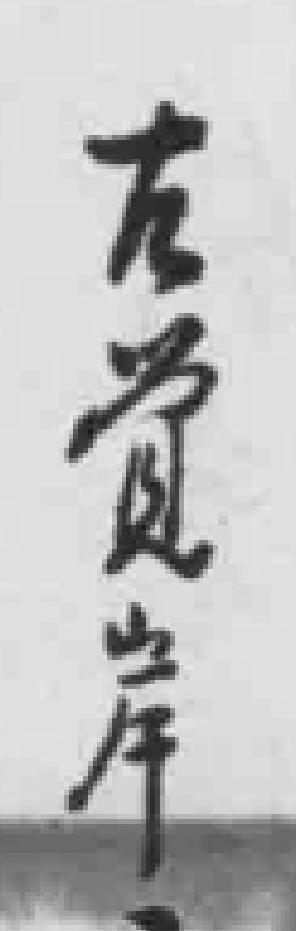
左*岸